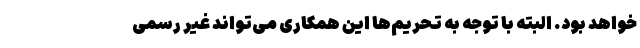
خواهد بود. البته با توجه به تحریم‌ها این همکاری می‌تواند غیر رسمی